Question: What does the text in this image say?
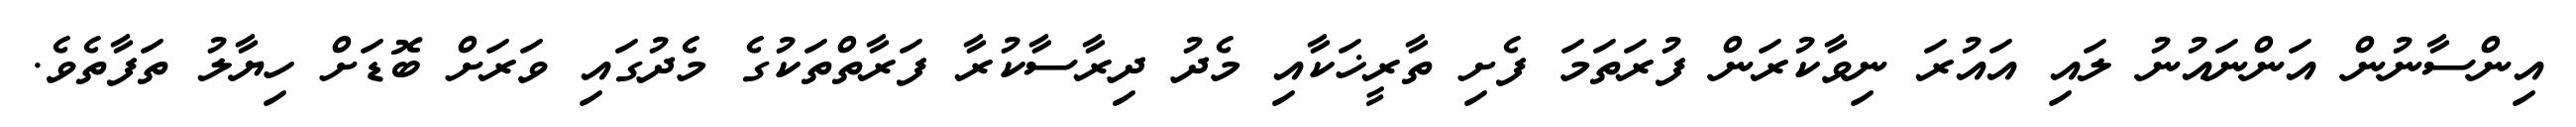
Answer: އިންސާނުން އަންނައުނު ލައި އައުރަ ނިވާކުރަން ފުރަތަމަ ފެށި ތާރީޚަކާއި މެދު ދިރާސާކުރާ ފަރާތްތަކުގެ މެދުގައި ވަރަށް ބޮޑަށް ހިޔާލު ތަފާތެވެ.